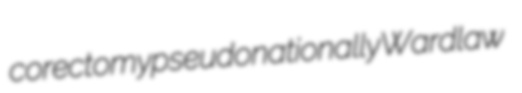
corectomy pseudonationally Wardlaw